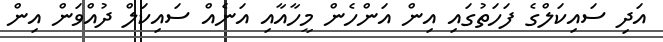
އަދި ސައިކަލްގެ ފަހަތުގައި އިން އަންހެން މީހާއާއި އަނެއް ސައިކަލް ދުއްވަން އިން